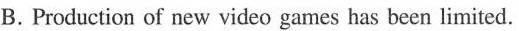
B.Production of new video games has been limited.